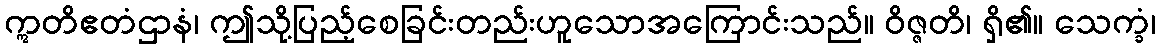
ဣတိဧတံဌာနံ၊ ဤသို့ပြည့်စေခြင်းတည်းဟူသောအကြောင်းသည်။ ဝိဇ္ဇတိ၊ ရှိ၏။ သေက္ခံ၊